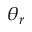
\theta _ { r }